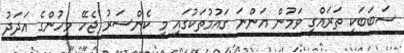
ސަބަބަކީ ތަރައްގީ ވަމުން އަންނަ ގައުމުތަކުގައި މި ކެންސަރު ޖެހޭ މީހުންގެ އަދަދު